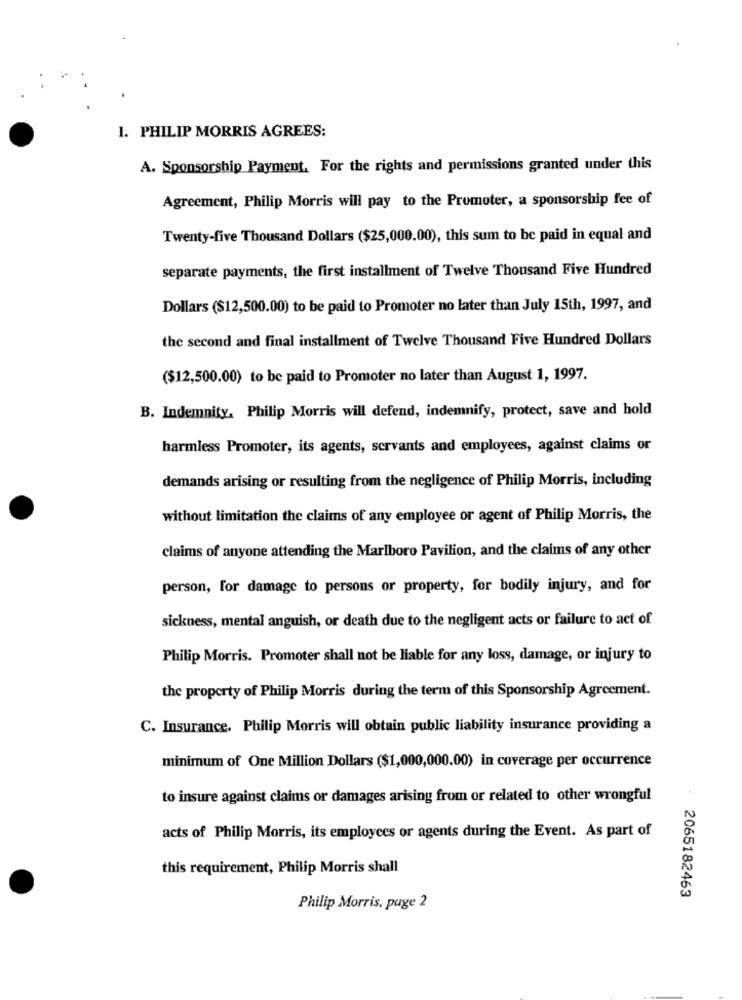
1. PHILIP MORRIS AGREES:
A. Sponsorship Payment, For the rights and permissions granted under this
Agreement, Philip Morris will pay to the Promoter, a sponsorship fee of
Twenty-five Thousand Dollars ($25,000.00), this sum to be paid in equal and
separate payments, the first installment of Twelve Thousand Five Hundred
Dollars ($12,500.00) to be paid to Promoter no later than July 15th, 1997, and
the second and final installment of Twelve Thousand Five Hundred Dollars
($12,500.00) to be paid to Promoter no later than August 1, 1997.
B. Indemnity, Philip Morris will defend, indemnify, protect, save and hold
harmless Promoter, its agents, servants and employees, against claims or
demands arising or resulting from the negligence of Philip Morris, including
without limitation the claims of any employee or agent of Philip Morris, the
claims of anyone attending the Marlboro Pavilion, and the claims of any other
person, for damage to persons or property, for bodily injury, and for
sickness, mental anguish, or death due to the negligent acts or failure to act of
Philip Morris. Promoter shall not be liable for any loss, damage, or injury to
the property of Philip Morris during the term of this Sponsorship Agreement.
C. Insurance. Philip Morris will obtain public liability insurance providing a
minimum of One Million Dollars ($1,000,000.00) in coverage per occurrence
to insure against claims or damages arising from or related to other wrongful
acts of Philip Morris, its employees or agents during the Event. As part of
this requirement, Philip Morris shall
2065182463
Philip Morris, puge 2